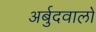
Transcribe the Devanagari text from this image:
अर्बुदवालों